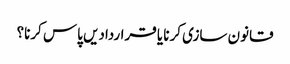
قانون سازی کرنا یا قراردادیں پاس کرنا؟